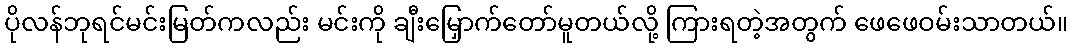
ပိုလန်ဘုရင်မင်းမြတ်ကလည်း မင်းကို ချီးမြှောက်တော်မူတယ်လို့ ကြားရတဲ့အတွက် ဖေဖေဝမ်းသာတယ်။